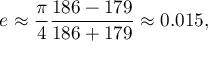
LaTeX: e \approx { \frac { \pi } { 4 } } { \frac { 1 8 6 - 1 7 9 } { 1 8 6 + 1 7 9 } } \approx 0 . 0 1 5 ,